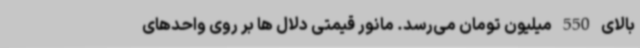
بالای 550 میلیون تومان می‌رسد. مانور قیمتی دلال ها بر روی واحدهای